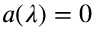
a ( \lambda ) = 0